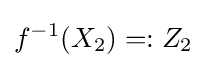
f^{-1}(X_{2})=:Z_{2}